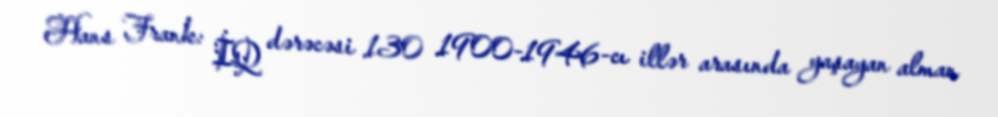
Hans Frank: İQ dərəcəsi 130 1900-1946-cı illər arasında yaşayan alman